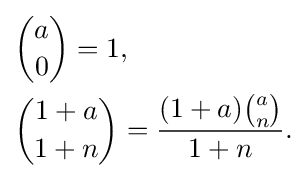
{\begin{aligned}&{\binom {a}{0}}=1,\\&{\binom {1+a}{1+n}}={\frac {(1+a){\binom {a}{n}}}{1+n}}.\end{aligned}}